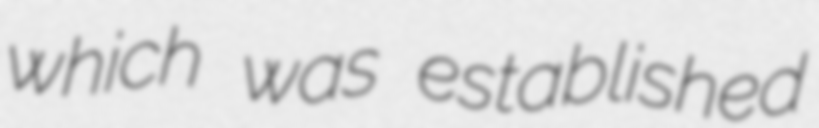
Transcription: which was established